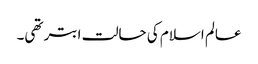
عالم اسلام کی حالت ابتر تھی۔